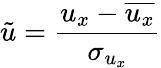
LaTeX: \tilde{u}=\frac{u_{x}-\overline{{u_{x}}}}{\sigma_{u_{x}}}